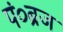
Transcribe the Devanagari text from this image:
पं०ब्रज